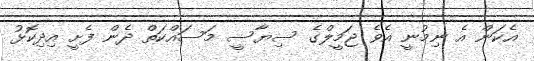
އެކަން އެ ނިމުނީ އެވެ ޖަމީލްގެ ސިޔާސީ މަސައްކަތް ދެން ފެށީ އިދިކޮޅު